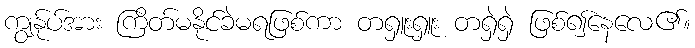
ကျွန်ုပ်အား ကြိတ်မနိုင်ခဲမရဖြစ်ကာ တရှူးရှူး တရှဲရှဲ ဖြစ်၍နေလေ၏။